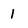
Character: 1